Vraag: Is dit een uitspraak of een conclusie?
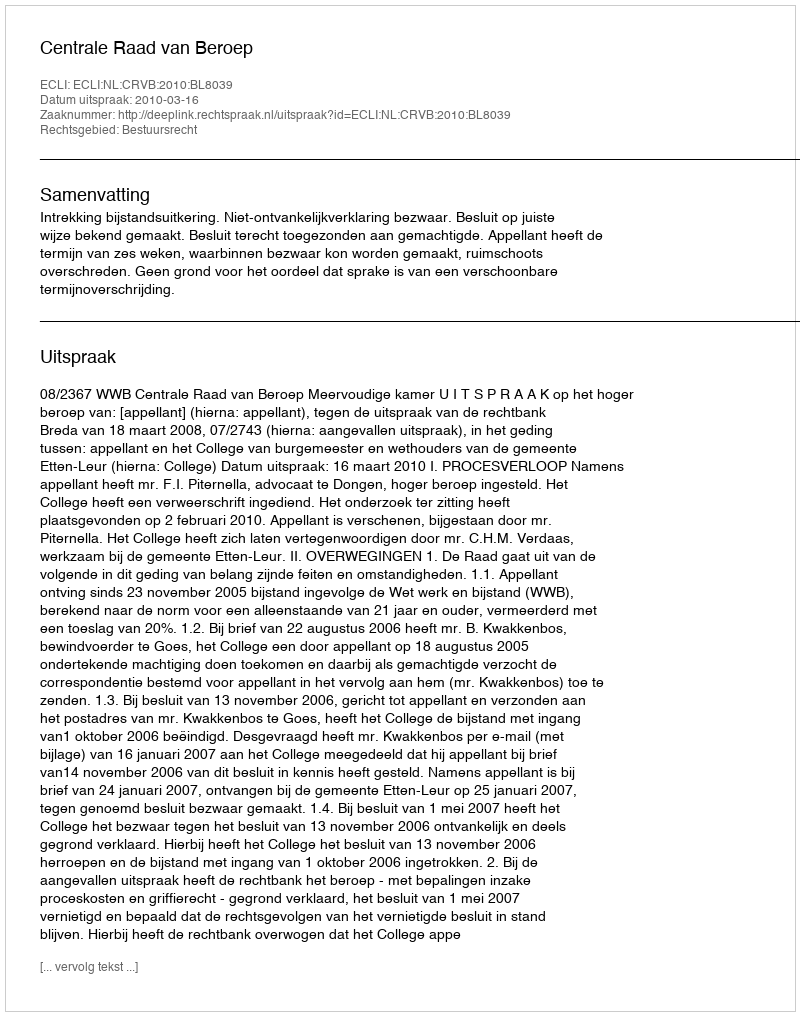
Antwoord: Uitspraak